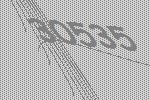
30535